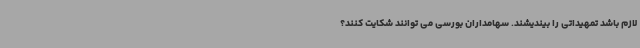
لازم باشد تمهیداتی را بیندیشند. سهامداران بورسی می توانند شکایت کنند؟